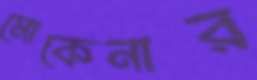
মোকেনার